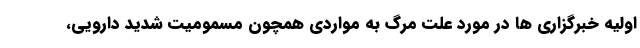
اولیه خبرگزاری ها در مورد علت مرگ به مواردی همچون مسمومیت شدید دارویی،